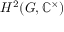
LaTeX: H ^ { 2 } ( G , \mathbb { C } ^ { \times } )